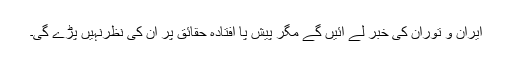
ایران و توران کی خبر لے آئیں گے مگر پیش پا افتادہ حقائق پر ان کی نظرنہیں پڑے گی۔